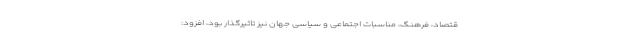
قتصاد، فرهنگ، مناسبات اجتماعی و سیاسی جهان نیز تاثیرگذار بود، افزود: